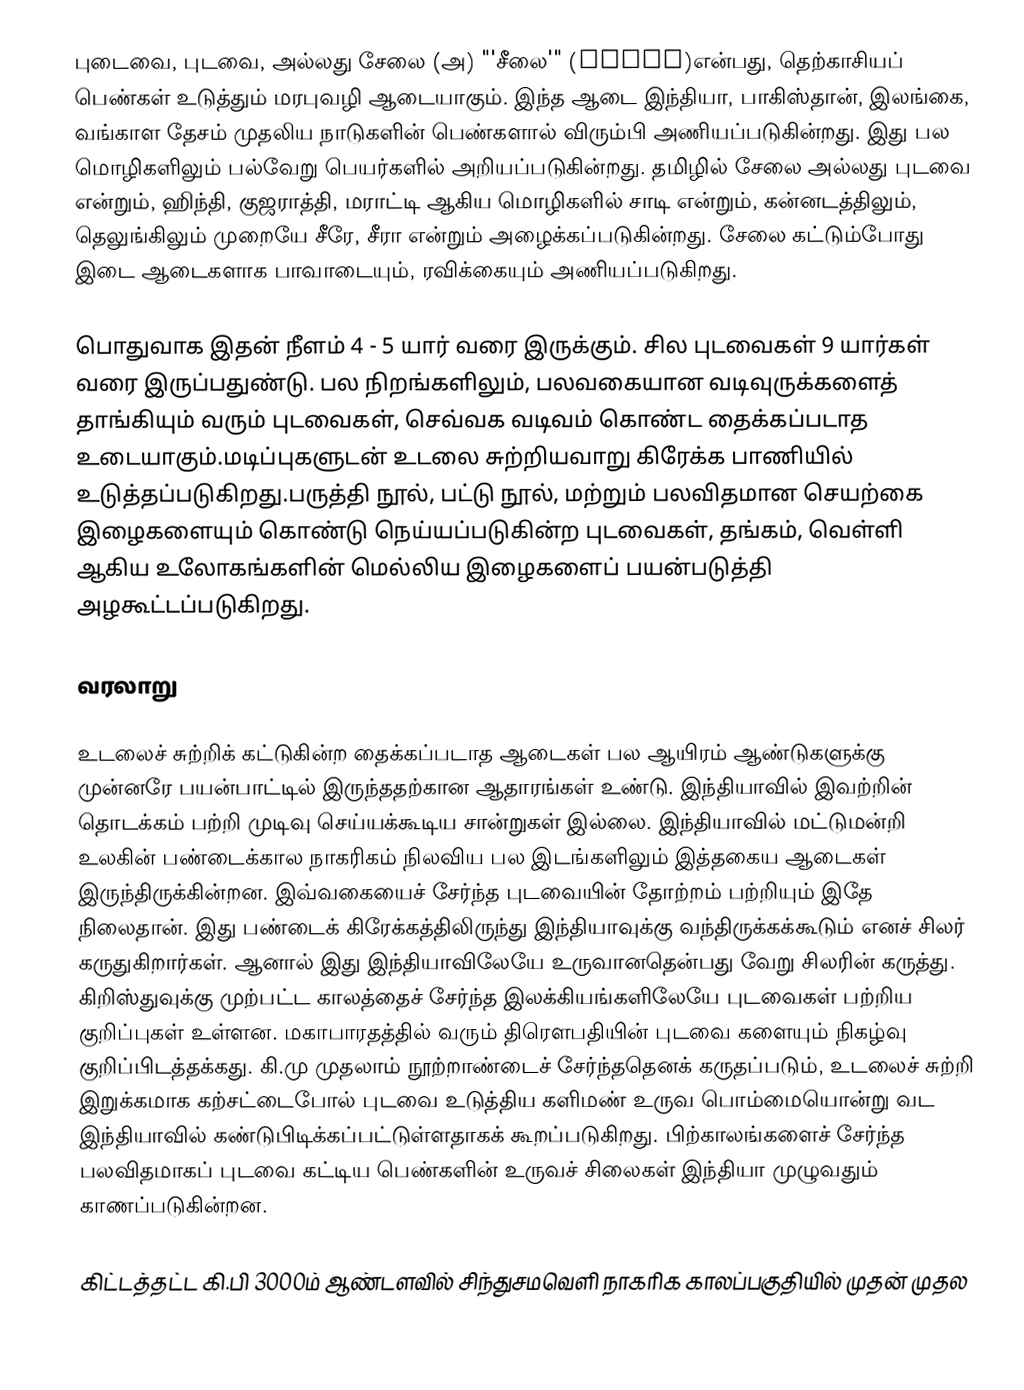
புடைவை, புடவை, அல்லது சேலை (அ) "'சீலை'" (saree)என்பது, தெற்காசியப் பெண்கள் உடுத்தும் மரபுவழி ஆடையாகும். இந்த ஆடை இந்தியா, பாகிஸ்தான், இலங்கை, வங்காள தேசம் முதலிய நாடுகளின் பெண்களால் விரும்பி அணியப்படுகின்றது. இது பல மொழிகளிலும் பல்வேறு பெயர்களில் அறியப்படுகின்றது. தமிழில் சேலை அல்லது புடவை என்றும், ஹிந்தி, குஜராத்தி, மராட்டி ஆகிய மொழிகளில் சாடி என்றும், கன்னடத்திலும், தெலுங்கிலும் முறையே சீரே, சீரா என்றும் அழைக்கப்படுகின்றது. சேலை கட்டும்போது இடை ஆடைகளாக பாவாடையும், ரவிக்கையும் அணியப்படுகிறது.

பொதுவாக இதன் நீளம் 4 - 5 யார் வரை இருக்கும். சில புடவைகள் 9 யார்கள் வரை இருப்பதுண்டு. பல நிறங்களிலும், பலவகையான வடிவுருக்களைத் தாங்கியும் வரும் புடவைகள், செவ்வக வடிவம் கொண்ட தைக்கப்படாத உடையாகும்.மடிப்புகளுடன் உடலை சுற்றியவாறு கிரேக்க பாணியில் உடுத்தப்படுகிறது.பருத்தி நூல், பட்டு நூல், மற்றும் பலவிதமான செயற்கை இழைகளையும் கொண்டு நெய்யப்படுகின்ற புடவைகள், தங்கம், வெள்ளி ஆகிய உலோகங்களின் மெல்லிய இழைகளைப் பயன்படுத்தி அழகூட்டப்படுகிறது.

வரலாறு

உடலைச் சுற்றிக் கட்டுகின்ற தைக்கப்படாத ஆடைகள் பல ஆயிரம் ஆண்டுகளுக்கு முன்னரே பயன்பாட்டில் இருந்ததற்கான ஆதாரங்கள் உண்டு. இந்தியாவில் இவற்றின் தொடக்கம் பற்றி முடிவு செய்யக்கூடிய சான்றுகள் இல்லை. இந்தியாவில் மட்டுமன்றி உலகின் பண்டைக்கால நாகரிகம் நிலவிய பல இடங்களிலும் இத்தகைய ஆடைகள் இருந்திருக்கின்றன. இவ்வகையைச் சேர்ந்த புடவையின் தோற்றம் பற்றியும் இதே நிலைதான். இது பண்டைக் கிரேக்கத்திலிருந்து இந்தியாவுக்கு வந்திருக்கக்கூடும் எனச் சிலர் கருதுகிறார்கள். ஆனால் இது இந்தியாவிலேயே உருவானதென்பது வேறு சிலரின் கருத்து. கிறிஸ்துவுக்கு முற்பட்ட காலத்தைச் சேர்ந்த இலக்கியங்களிலேயே புடவைகள் பற்றிய குறிப்புகள் உள்ளன. மகாபாரதத்தில் வரும் திரௌபதியின் புடவை களையும் நிகழ்வு குறிப்பிடத்தக்கது. கி.மு முதலாம் நூற்றாண்டைச் சேர்ந்ததெனக் கருதப்படும், உடலைச் சுற்றி இறுக்கமாக கற்சட்டைபோல் புடவை உடுத்திய களிமண் உருவ பொம்மையொன்று வட இந்தியாவில் கண்டுபிடிக்கப்பட்டுள்ளதாகக் கூறப்படுகிறது. பிற்காலங்களைச் சேர்ந்த பலவிதமாகப் புடவை கட்டிய பெண்களின் உருவச் சிலைகள் இந்தியா முழுவதும் காணப்படுகின்றன.

கிட்டத்தட்ட கி.பி 3000ம் ஆண்டளவில் சிந்துசமவெளி நாகரிக காலப்பகுதியில் முதன் முதல